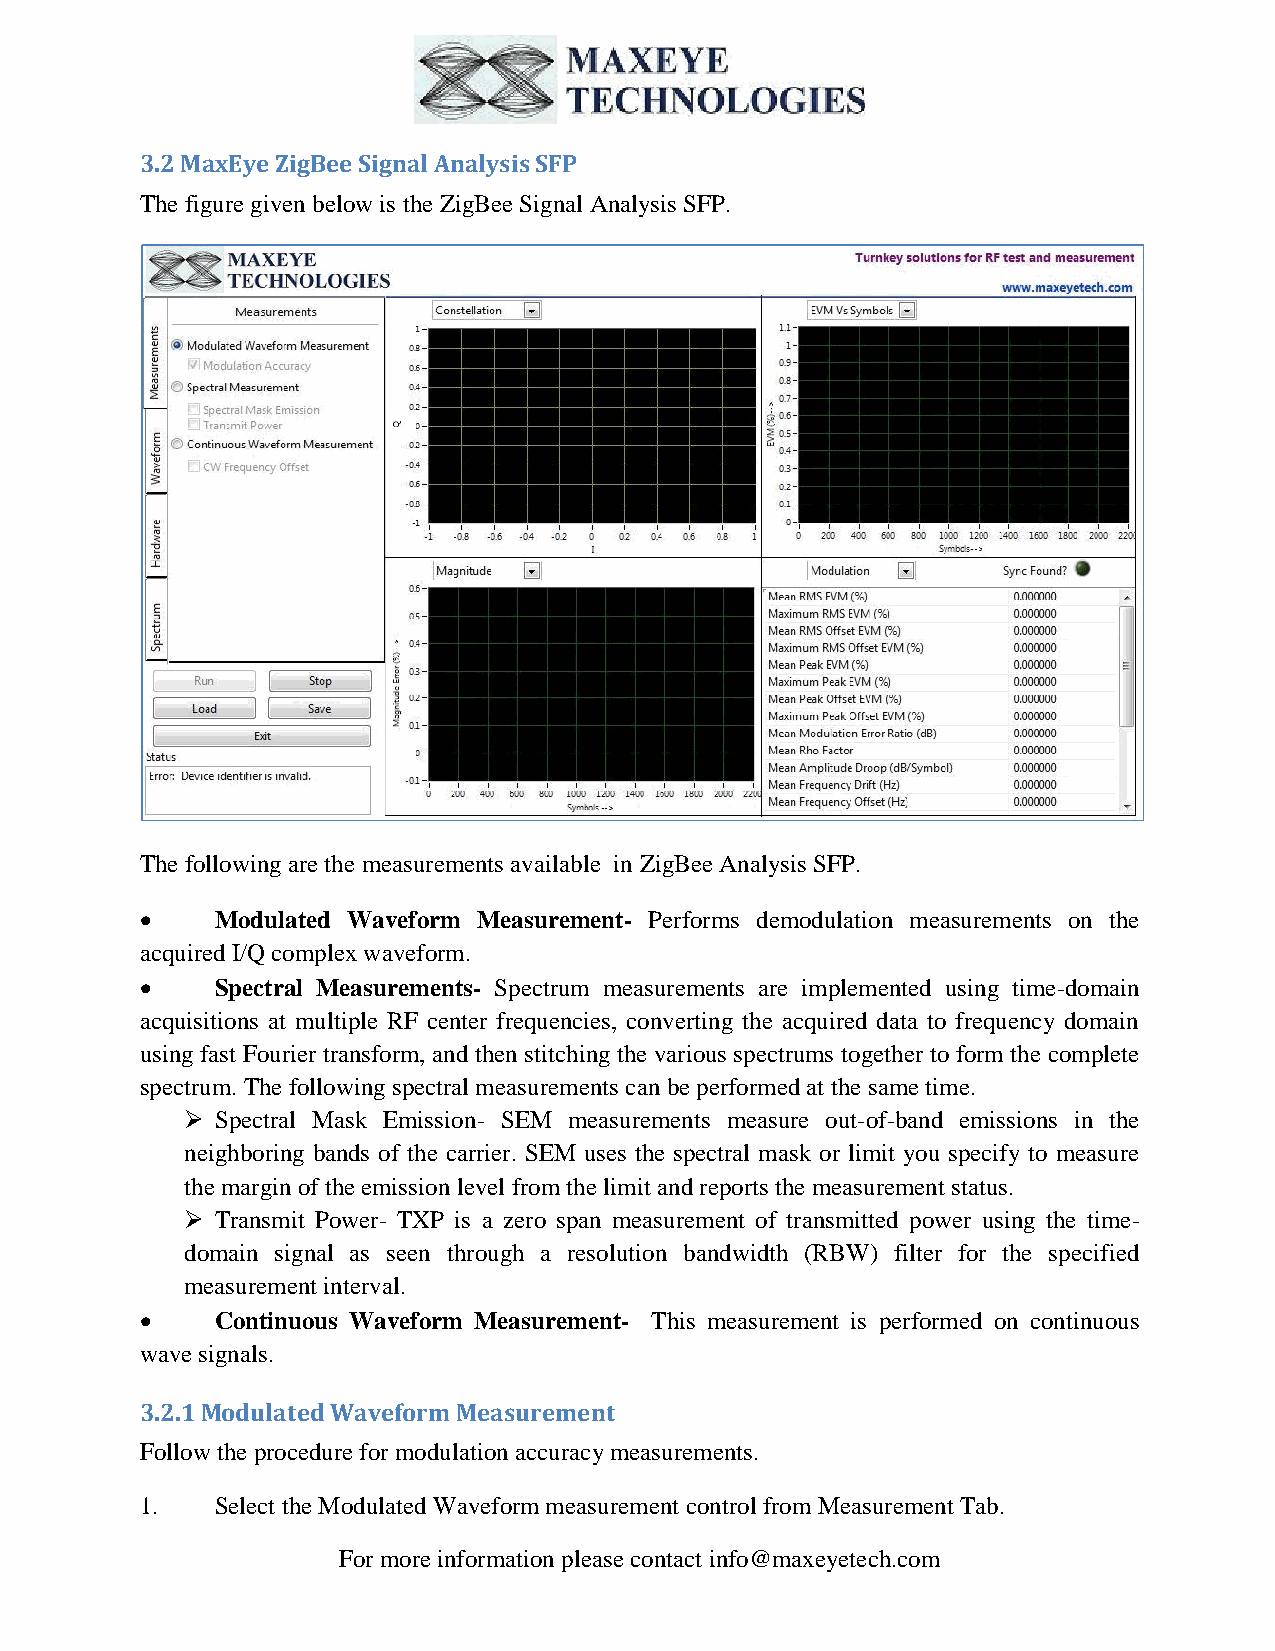
3.2 MaxEye ZigBee Signal Analysis SFP
 The figure given below is the ZigBee Signal Analysis SFP.
 The following are the measurements available in ZigBee Analysis SFP.
     Modulated Waveform Measurement- Performs demodulation measurements on the
 acquired I/Q complex waveform.
     Spectral Measurements- Spectrum measurements are implemented using time-domain
 acquisitions at multiple RF center frequencies, converting the acquired data to frequency domain
 using fast Fourier transform, and then stitching the various spectrums together to form the complete
 spectrum. The following spectral measurements can be performed at the same time.
  Spectral Mask Emission- SEM measurements measure out-of-band emissions in the
 neighboring bands of the carrier. SEM uses the spectral mask or limit you specify to measure
 the margin of the emission level from the limit and reports the measurement status.
  Transmit Power- TXP is a zero span measurement of transmitted power using the time-
 domain signal as seen through a resolution bandwidth (RBW) filter for the specified
 measurement interval.
     Continuous Waveform Measurement- This measurement is performed on continuous
 wave signals.
 3.2.1 Modulated Waveform Measurement
 Follow the procedure for modulation accuracy measurements.
 1.   Select the Modulated Waveform measurement control from Measurement Tab.
 For more information please contact info@maxeyetech.com